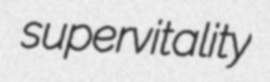
supervitality